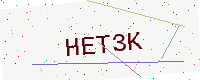
Text: HET3K